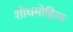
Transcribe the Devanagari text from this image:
शोधमोहिमा